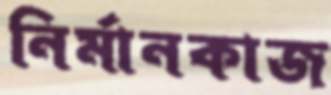
নির্মানকাজ